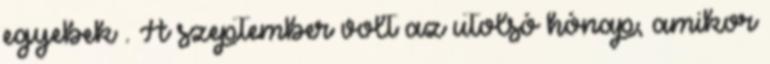
egyebek . A szeptember volt az utolsó hónap, amikor